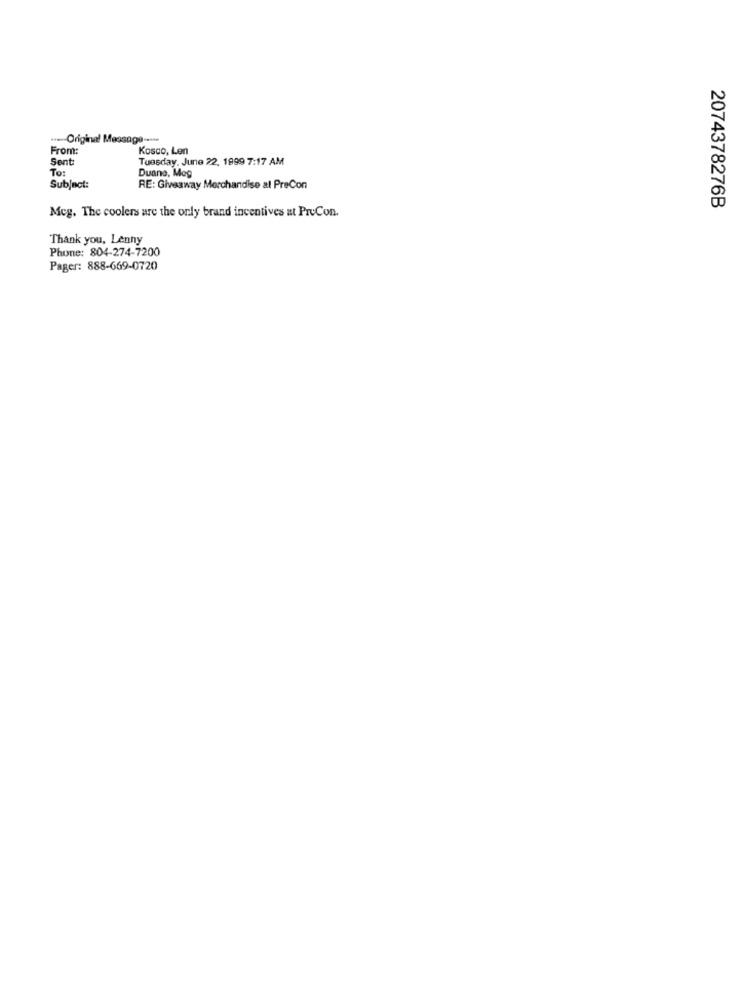
---- Original Message -....
From:
Kosco, Len
Sent:
Tuesday, June 22, 1999 7:17 AM
To:
Duane, Meg
Subject:
RE: Giveaway Merchandise al PreCon
Meg. The coolers are the only brand incentives at PreCon.
2074378276B
Thank you, Lenny
Phone: 804-274-7200
Pager: 888-669-0720